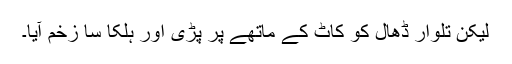
لیکن تلوار ڈھال کو کاٹ کے ماتھے پر پڑی اور ہلکا سا زخم آیا۔